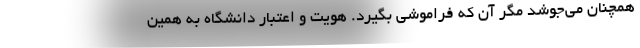
همچنان می‌جوشد مگر آن که فراموشی بگیرد. هویت و اعتبار دانشگاه به همین